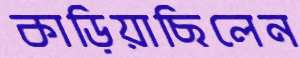
কাড়িয়াছিলেন